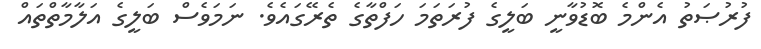
ފުރުޞަތު އެންމެ ބޮޑުވާނީ ބަލީގެ ފުރަތަމަ ހަފްތާގެ ތެރޭގައެވެ. ނަމަވެސް ބަލީގެ އަލާމާތްތައް